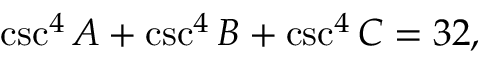
\csc ^ { 4 } A + \csc ^ { 4 } B + \csc ^ { 4 } C = 3 2 ,